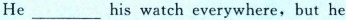
He ___ his watch everywhere, but he